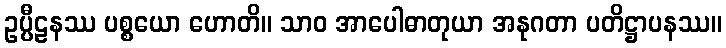
ဥပ္ပီဠနဿ ပစ္စယော ဟောတိ။ သာဝ အာပေါဓာတုယာ အနုဂတာ ပတိဋ္ဌာပနဿ။